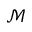
\mathcal { M }